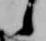
候